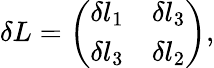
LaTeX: \delta L=\left(\begin{array}{crc}{{\delta l_{1}}}&{{\delta l_{3}}}\\ {{\delta l_{3}}}&{{\delta l_{2}}}\end{array}\right),